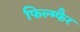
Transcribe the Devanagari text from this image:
फिल्म्फैर